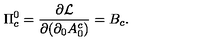
\Pi _ { c } ^ { 0 } = \frac { \partial { \cal { L } } } { \partial ( \partial _ { 0 } A _ { 0 } ^ { c } ) } = B _ { c } .